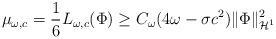
LaTeX: \begin{align*}\mu_{\omega,c}=\frac{1}{6}L_{\omega,c}(\Phi)\ge C_{\omega}(4\omega -\sigma c^2)\|\Phi\|_{\mathcal{H}^1}^2\end{align*}